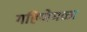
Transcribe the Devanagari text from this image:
गहिणेमळा